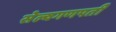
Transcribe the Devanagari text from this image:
सेल्वगणपती